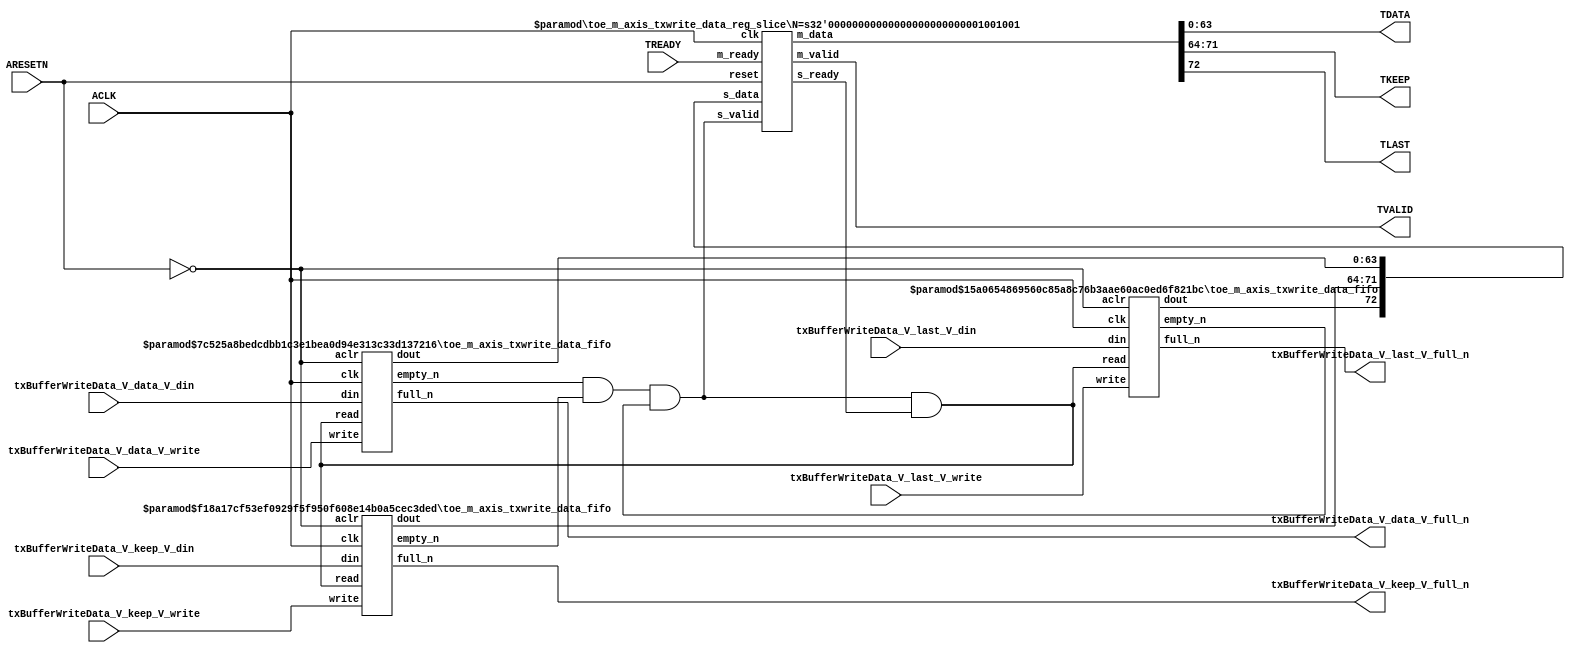
// ==============================================================
// File generated by Vivado(TM) HLS - High-Level Synthesis from C, C++ and SystemC
// Version: 2015.1
// Copyright (C) 2015 Xilinx Inc. All rights reserved.
// 
// ==============================================================


`timescale 1ns/1ps

module toe_m_axis_txwrite_data_if (
    // AXI4-Stream singals
    input  wire        ACLK,
    input  wire        ARESETN,
    output wire        TVALID,
    input  wire        TREADY,
    output wire [63:0] TDATA,
    output wire [7:0]  TKEEP,
    output wire [0:0]  TLAST,
    // User signals
    input  wire [63:0] txBufferWriteData_V_data_V_din,
    output wire        txBufferWriteData_V_data_V_full_n,
    input  wire        txBufferWriteData_V_data_V_write,
    input  wire [7:0]  txBufferWriteData_V_keep_V_din,
    output wire        txBufferWriteData_V_keep_V_full_n,
    input  wire        txBufferWriteData_V_keep_V_write,
    input  wire [0:0]  txBufferWriteData_V_last_V_din,
    output wire        txBufferWriteData_V_last_V_full_n,
    input  wire        txBufferWriteData_V_last_V_write
);
//------------------------Local signal-------------------
// FIFO
wire [0:0]  fifo_read;
wire [0:0]  fifo_empty_n;
wire [63:0] txBufferWriteData_V_data_V_dout;
wire [0:0]  txBufferWriteData_V_data_V_empty_n;
wire [7:0]  txBufferWriteData_V_keep_V_dout;
wire [0:0]  txBufferWriteData_V_keep_V_empty_n;
wire [0:0]  txBufferWriteData_V_last_V_dout;
wire [0:0]  txBufferWriteData_V_last_V_empty_n;
// register slice
wire [0:0]  s_valid;
wire [0:0]  s_ready;
wire [72:0] s_data;
wire [0:0]  m_valid;
wire [0:0]  m_ready;
wire [72:0] m_data;

//------------------------Instantiation------------------
// rs
toe_m_axis_txwrite_data_reg_slice #(
    .N       ( 73 )
) rs (
    .clk     ( ACLK ),
    .reset   ( ARESETN ),
    .s_data  ( s_data ),
    .s_valid ( s_valid ),
    .s_ready ( s_ready ),
    .m_data  ( m_data ),
    .m_valid ( m_valid ),
    .m_ready ( m_ready )
);

// txBufferWriteData_V_data_V_fifo
toe_m_axis_txwrite_data_fifo #(
    .DATA_BITS  ( 64 ),
    .DEPTH_BITS ( 4 )
) txBufferWriteData_V_data_V_fifo (
    .clk        ( ACLK ),
    .aclr       ( ~ARESETN ),
    .empty_n    ( txBufferWriteData_V_data_V_empty_n ),
    .full_n     ( txBufferWriteData_V_data_V_full_n ),
    .read       ( fifo_read ),
    .write      ( txBufferWriteData_V_data_V_write ),
    .dout       ( txBufferWriteData_V_data_V_dout ),
    .din        ( txBufferWriteData_V_data_V_din )
);

// txBufferWriteData_V_keep_V_fifo
toe_m_axis_txwrite_data_fifo #(
    .DATA_BITS  ( 8 ),
    .DEPTH_BITS ( 4 )
) txBufferWriteData_V_keep_V_fifo (
    .clk        ( ACLK ),
    .aclr       ( ~ARESETN ),
    .empty_n    ( txBufferWriteData_V_keep_V_empty_n ),
    .full_n     ( txBufferWriteData_V_keep_V_full_n ),
    .read       ( fifo_read ),
    .write      ( txBufferWriteData_V_keep_V_write ),
    .dout       ( txBufferWriteData_V_keep_V_dout ),
    .din        ( txBufferWriteData_V_keep_V_din )
);

// txBufferWriteData_V_last_V_fifo
toe_m_axis_txwrite_data_fifo #(
    .DATA_BITS  ( 1 ),
    .DEPTH_BITS ( 4 )
) txBufferWriteData_V_last_V_fifo (
    .clk        ( ACLK ),
    .aclr       ( ~ARESETN ),
    .empty_n    ( txBufferWriteData_V_last_V_empty_n ),
    .full_n     ( txBufferWriteData_V_last_V_full_n ),
    .read       ( fifo_read ),
    .write      ( txBufferWriteData_V_last_V_write ),
    .dout       ( txBufferWriteData_V_last_V_dout ),
    .din        ( txBufferWriteData_V_last_V_din )
);

//------------------------Body---------------------------
//++++++++++++++++++++++++AXI4-Stream++++++++++++++++++++
assign TVALID = m_valid;
assign TDATA  = m_data[63:0];
assign TKEEP  = m_data[71:64];
assign TLAST  = m_data[72:72];

//+++++++++++++++++++++++++++++++++++++++++++++++++++++++

//++++++++++++++++++++++++Reigister Slice++++++++++++++++
assign s_valid = fifo_empty_n;
assign m_ready = TREADY;
assign s_data  = {txBufferWriteData_V_last_V_dout, txBufferWriteData_V_keep_V_dout, txBufferWriteData_V_data_V_dout};

//+++++++++++++++++++++++++++++++++++++++++++++++++++++++

//++++++++++++++++++++++++FIFO+++++++++++++++++++++++++++
assign fifo_read    = fifo_empty_n & s_ready;
assign fifo_empty_n = txBufferWriteData_V_data_V_empty_n & txBufferWriteData_V_keep_V_empty_n & txBufferWriteData_V_last_V_empty_n;

//+++++++++++++++++++++++++++++++++++++++++++++++++++++++

endmodule



`timescale 1ns/1ps

module toe_m_axis_txwrite_data_fifo
#(parameter
    DATA_BITS  = 8,
    DEPTH_BITS = 4
)(
    input  wire                 clk,
    input  wire                 aclr,
    output wire                 empty_n,
    output wire                 full_n,
    input  wire                 read,
    input  wire                 write,
    output wire [DATA_BITS-1:0] dout,
    input  wire [DATA_BITS-1:0] din
);
//------------------------Parameter----------------------
localparam
    DEPTH = 1 << DEPTH_BITS;
//------------------------Local signal-------------------
reg                   empty;
reg                   full;
reg  [DEPTH_BITS-1:0] index;
reg  [DATA_BITS-1:0]  mem[0:DEPTH-1];
//------------------------Body---------------------------
assign empty_n = ~empty;
assign full_n  = ~full;
assign dout    = mem[index];

// empty
always @(posedge clk or posedge aclr) begin
    if (aclr)
        empty <= 1'b1;
    else if (empty & write & ~read)
        empty <= 1'b0;
    else if (~empty & ~write & read & (index==1'b0))
        empty <= 1'b1;
end

// full
always @(posedge clk or posedge aclr) begin
    if (aclr)
        full <= 1'b0;
    else if (full & read & ~write)
        full <= 1'b0;
    else if (~full & ~read & write & (index==DEPTH-2'd2))
        full <= 1'b1;
end

// index
always @(posedge clk or posedge aclr) begin
    if (aclr)
        index <= {DEPTH_BITS{1'b1}};
    else if (~empty & ~write & read)
        index <= index - 1'b1;
    else if (~full & ~read & write)
        index <= index + 1'b1;
end

// mem
always @(posedge clk) begin
    if (~full & write) mem[0] <= din;
end

genvar i;
generate
    for (i = 1; i < DEPTH; i = i + 1) begin : gen_sr
        always @(posedge clk) begin
            if (~full & write) mem[i] <= mem[i-1];
        end
    end
endgenerate

endmodule

`timescale 1ns/1ps

module toe_m_axis_txwrite_data_reg_slice
#(parameter
    N = 8   // data width
) (
    // system signals
    input  wire         clk,
    input  wire         reset,
    // slave side
    input  wire [N-1:0] s_data,
    input  wire         s_valid,
    output wire         s_ready,
    // master side
    output wire [N-1:0] m_data,
    output wire         m_valid,
    input  wire         m_ready
);
//------------------------Parameter----------------------
// state
localparam [1:0]
    ZERO = 2'b10,
    ONE  = 2'b11,
    TWO  = 2'b01;
//------------------------Local signal-------------------
reg  [N-1:0] data_p1;
reg  [N-1:0] data_p2;
wire         load_p1;
wire         load_p2;
wire         load_p1_from_p2;
reg          s_ready_t;
reg  [1:0]   state;
reg  [1:0]   next;
//------------------------Body---------------------------
assign s_ready = s_ready_t;
assign m_data  = data_p1;
assign m_valid = state[0];

assign load_p1 = (state == ZERO && s_valid) ||
                 (state == ONE && s_valid && m_ready) ||
                 (state == TWO && m_ready);
assign load_p2 = s_valid & s_ready;
assign load_p1_from_p2 = (state == TWO);

// data_p1
always @(posedge clk) begin
    if (load_p1) begin
        if (load_p1_from_p2)
            data_p1 <= data_p2;
        else
            data_p1 <= s_data;
    end
end

// data_p2
always @(posedge clk) begin
    if (load_p2) data_p2 <= s_data;
end

// s_ready_t
always @(posedge clk) begin
    if (~reset)
        s_ready_t <= 1'b0;
    else if (state == ZERO)
        s_ready_t <= 1'b1;
    else if (state == ONE && next == TWO)
        s_ready_t <= 1'b0;
    else if (state == TWO && next == ONE)
        s_ready_t <= 1'b1;
end

// state
always @(posedge clk) begin
    if (~reset)
        state <= ZERO;
    else
        state <= next;
end

// next
always @(*) begin
    case (state)
        ZERO:
            if (s_valid & s_ready)
                next = ONE;
            else
                next = ZERO;
        ONE:
            if (~s_valid & m_ready)
                next = ZERO;
            else if (s_valid & ~m_ready)
                next = TWO;
            else
                next = ONE;
        TWO:
            if (m_ready)
                next = ONE;
            else
                next = TWO;
        default:
            next = ZERO;
    endcase
end

endmodule